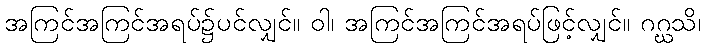
အကြင်အကြင်အရပ်၌ပင်လျှင်။ ဝါ၊ အကြင်အကြင်အရပ်ဖြင့်လျှင်။ ဂဂ္ဃသိ၊